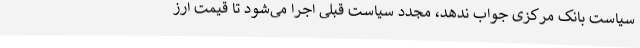
سیاست بانک مرکزی جواب ندهد، مجدد سیاست قبلی اجرا می‌شود تا قیمت ارز